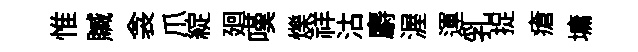
惟贓衾爪綻廻嘆爍祥沽麝渥運乳捉瘡墉